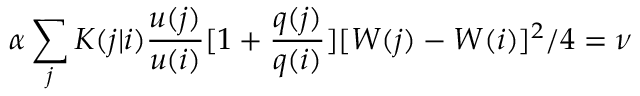
\alpha \sum _ { j } K ( j | i ) \frac { u ( j ) } { u ( i ) } [ 1 + \frac { q ( j ) } { q ( i ) } ] [ W ( j ) - W ( i ) ] ^ { 2 } / 4 = \nu